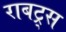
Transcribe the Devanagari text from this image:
राबट्र्स